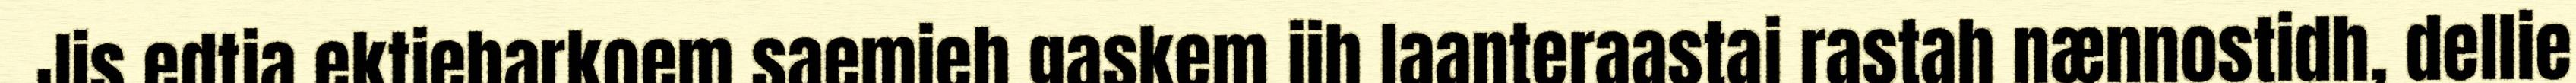
Jis edtja ektiebarkoem saemieh gaskem jih laanteraastaj rastah nænnostidh, dellie